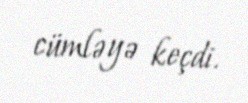
cümləyə keçdi.